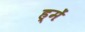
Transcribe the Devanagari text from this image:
ह्में